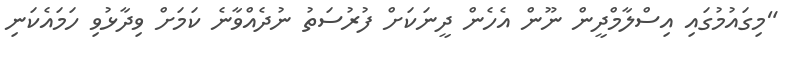
"މިގައުމުގައި އިސްލާމްދީން ނޫން އެހެން ދީނަކަށް ފުރުސަތު ނުދެއްވާނެ ކަމަށް ވިދާޅުވި ހަމައެކަނި